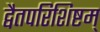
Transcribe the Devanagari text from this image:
द्वैतपरिशिष्टम्